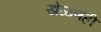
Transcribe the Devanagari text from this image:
खेळणंही